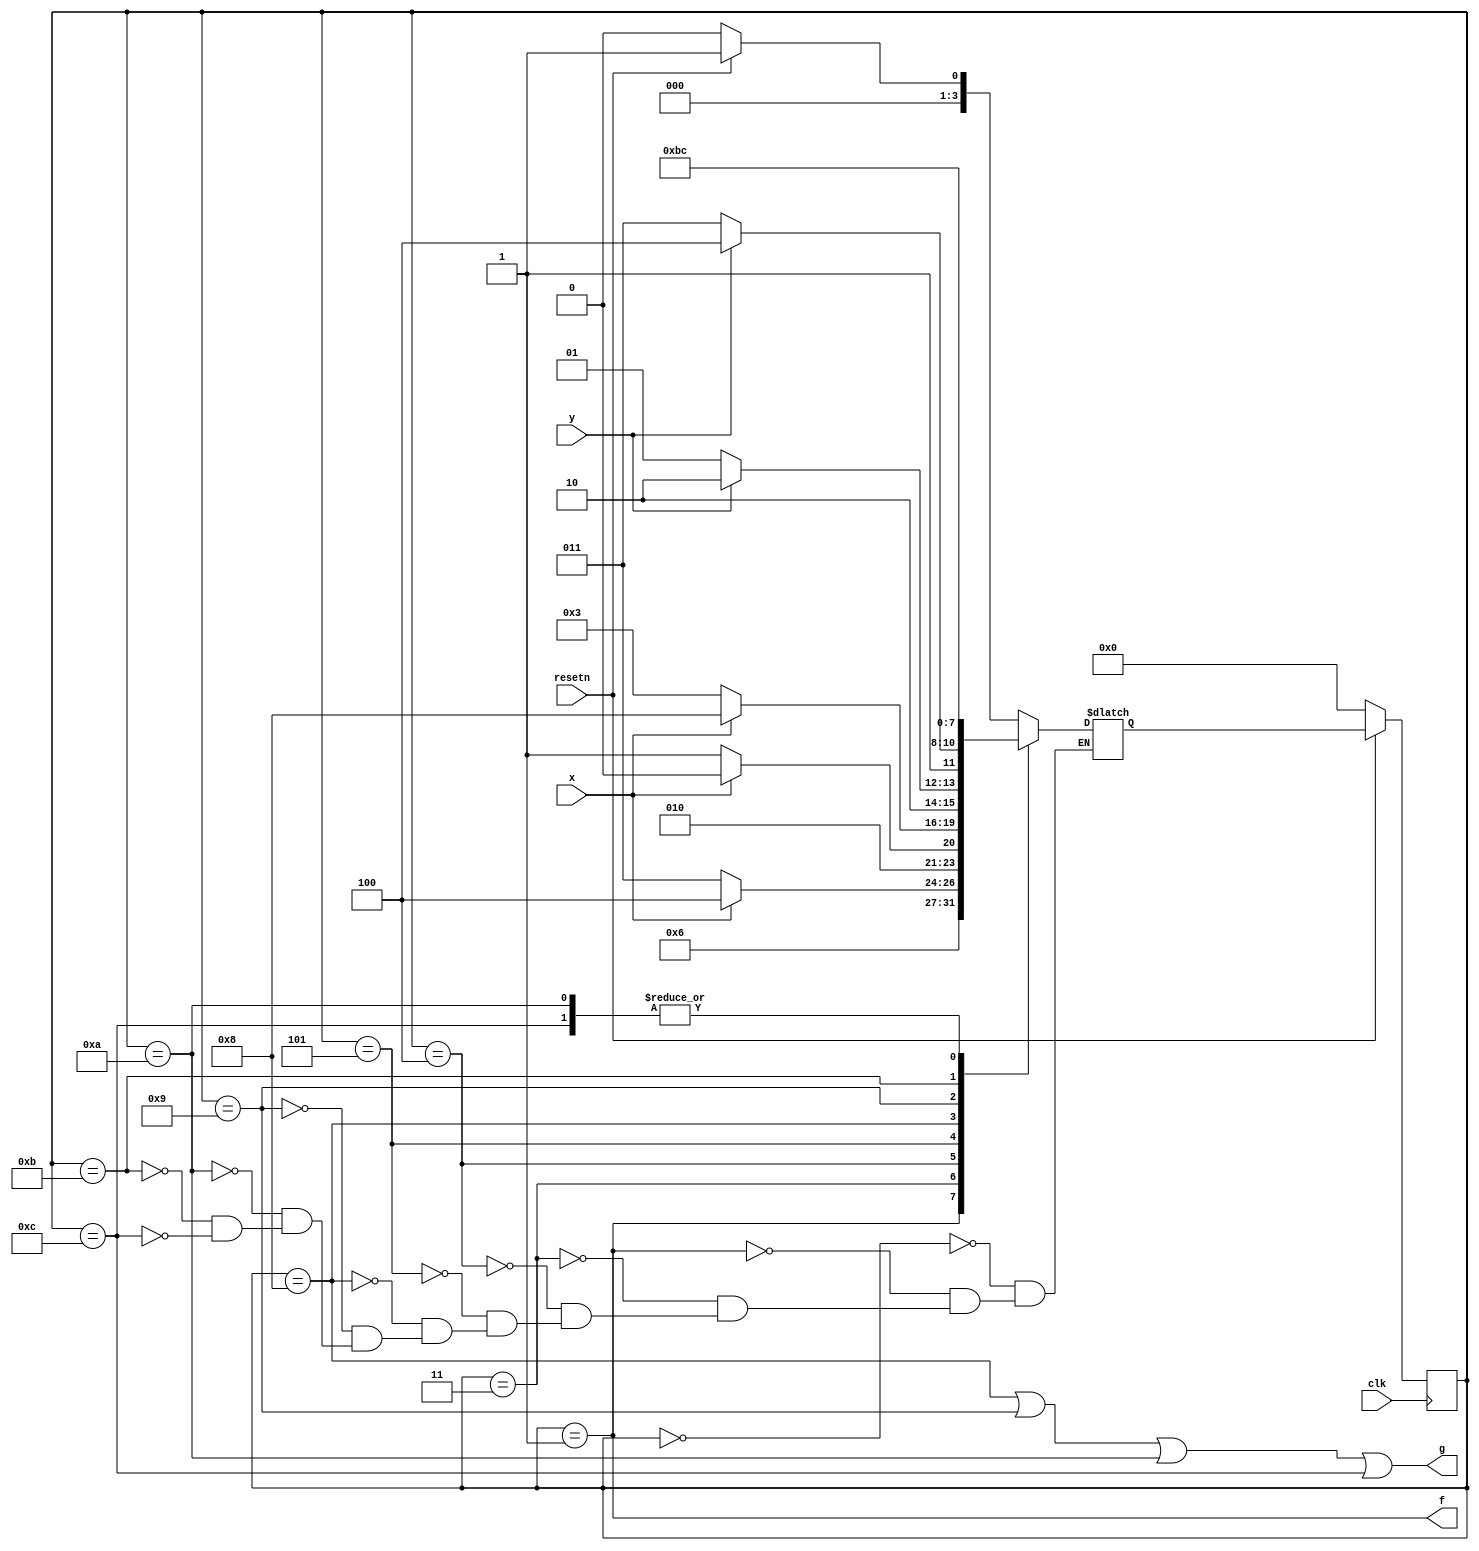
module top_module (
    input clk,
    input resetn,    // active-low synchronous reset
    input x,
    input y,
    output f,
    output g
); 
    parameter A=0, B=1, S0=3, S1=4, S2=5, E1=8, E21=9, E22=10, E31=11, E32=12, E33=13;
    wire [3:0] state, next;
    
    // state transition logic
    always@(*)begin
        case(state)
            A: next = resetn? B:A;
            B: next = S0;
            S0: next = x? S1:S0;
            S1: next = x? S1:S2;
            S2: next = x? E1:S0;
            E1: next = y? E22:E21;
            E21: next = y? E32:E31;
            E22: next = E32;
            E31: next = E31;
            E32: next = E32;
        endcase
    end
    
    // flip-flop and reset
    always@(posedge clk)begin
        if(~resetn)
            state <= A;
        else
            state <= next;
    end
    
    // output
    assign f = (state == B);
    assign g = (state == E1 || state == E21 || state == E22 || state == E32);          

endmodule